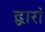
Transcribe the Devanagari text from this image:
द्वारां